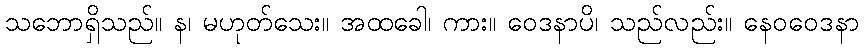
သဘောရှိသည်။ န၊ မဟုတ်သေး။ အထခေါ၊ ကား။ ဝေဒနာပိ၊ သည်လည်း။ နေဝဝေဒနာ